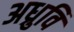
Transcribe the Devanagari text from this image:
अध्रुवि